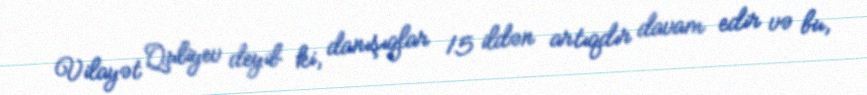
Vilayət Quliyev deyib ki, danışıqlar 15 ildən artıqdır davam edir və bu,